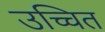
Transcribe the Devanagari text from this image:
उच्चित